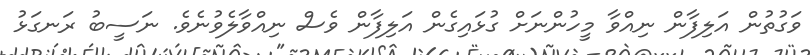
ވަގުތުން އަލިފާން ނިއްވާ މީހުންނަށް ގުޅައިގެން އަލިފާން ވެސް ނިއްވާލެވުނެވެ. ނަސީބު ރަނގަޅު